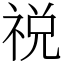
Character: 祱